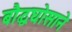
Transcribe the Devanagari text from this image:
बौद्धघोसाने